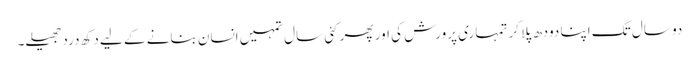
دو سال تک اپنا دودھ پلا کر تمہاری پرورش کی اور پھر کئی سال تمہیں انسان بنانے کے لیے دکھ درد جھیلے۔